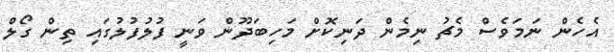
އެހެން ނަމަވެސް މެޗު ނިމެން ދަނިކޮށް މަހިބަދޫން ވަނީ ފުލުފުލުގައި ތިން ގޯލް